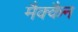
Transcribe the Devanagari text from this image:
मैक्कैन